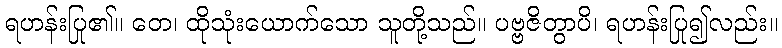
ရဟန်းပြု၏။ တေ၊ ထိုသုံးယောက်သော သူတို့သည်။ ပဗ္ဗဇိတွာပိ၊ ရဟန်းပြု၍လည်း။